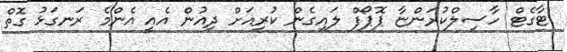
ޓާގެޓް ހާސިލްކުރަންޏާ ޕޮޕޯފް ލައިގެން ކުރިއަށް ދިއުން އެއީ އެންމެ ރަނގަޅު ގޮތް